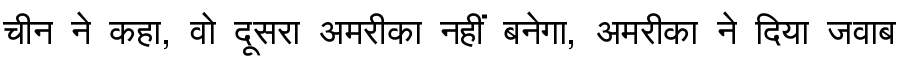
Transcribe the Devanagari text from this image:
चीन ने कहा, वो दूसरा अमरीका नहीं बनेगा, अमरीका ने दिया जवाब